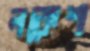
লকেশ